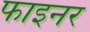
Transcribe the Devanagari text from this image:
फाइनर